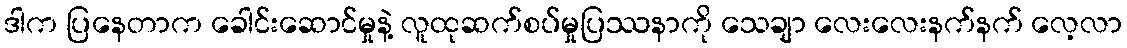
ဒါက ပြနေတာက ခေါင်းဆောင်မှုနဲ့ လူထုဆက်စပ်မှုပြဿနာကို သေချာ လေးလေးနက်နက် လေ့လာ